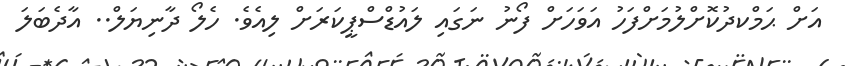
އަށް ޙަމްކދުކޮށްލުމަށްފަހު އަވަހަށް ފޯނު ނަގައި ލައުޑްސްޕީކަރަށް ލިއެވެ. ހެލޯ ދާނިޔަލް.. އާދެބަލަ